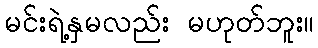
မင်းရဲ့နှမလည်း မဟုတ်ဘူး။